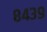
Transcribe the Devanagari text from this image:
८४३९